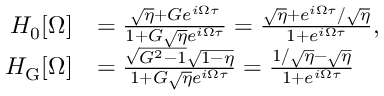
\begin{array} { r l } { H _ { 0 } [ \Omega ] } & { = \frac { \sqrt { \eta } + G e ^ { i \Omega \tau } } { 1 + G \sqrt { \eta } e ^ { i \Omega \tau } } = \frac { \sqrt { \eta } + e ^ { i \Omega \tau } / \sqrt { \eta } } { 1 + e ^ { i \Omega \tau } } , } \\ { H _ { \mathrm { G } } [ \Omega ] } & { = \frac { \sqrt { G ^ { 2 } - 1 } \sqrt { 1 - \eta } } { 1 + G \sqrt { \eta } e ^ { i \Omega \tau } } = \frac { 1 / \sqrt { \eta } - \sqrt { \eta } } { 1 + e ^ { i \Omega \tau } } } \end{array}